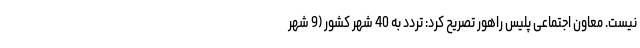
نیست. معاون اجتماعی پلیس راهور تصریح کرد: تردد به 40 شهر کشور (9 شهر